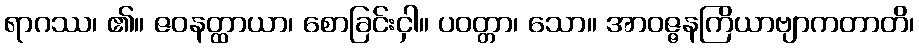
ရာဂဿ၊ ၏။ ဇဝနတ္ထာယာ၊ စောခြင်းငှါ။ ပဝတ္တာ၊ သော။ အာဝဇ္ဇနကြိယာဗျာကတာတိ၊